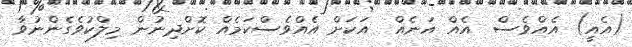
(އެއީ) އެއްވެސް  އެއް އަނެއް  އަކަށް އެއްވެސްކަމެއް ކޮށްދިނުން މިލްކުވެގެންނުވާ